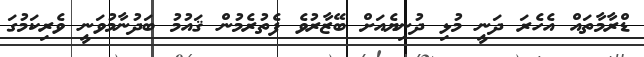
ޑްރާމާތައް އެހެރަ ދަނީ މުޅި ދުނިޔެއަށް ބޭޒާރުވެ ފެތުރެމުން ޤައުމު ބަދުނާމުވަނީ ވެރިކަމުގަ